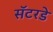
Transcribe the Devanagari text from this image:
सॅटरडे